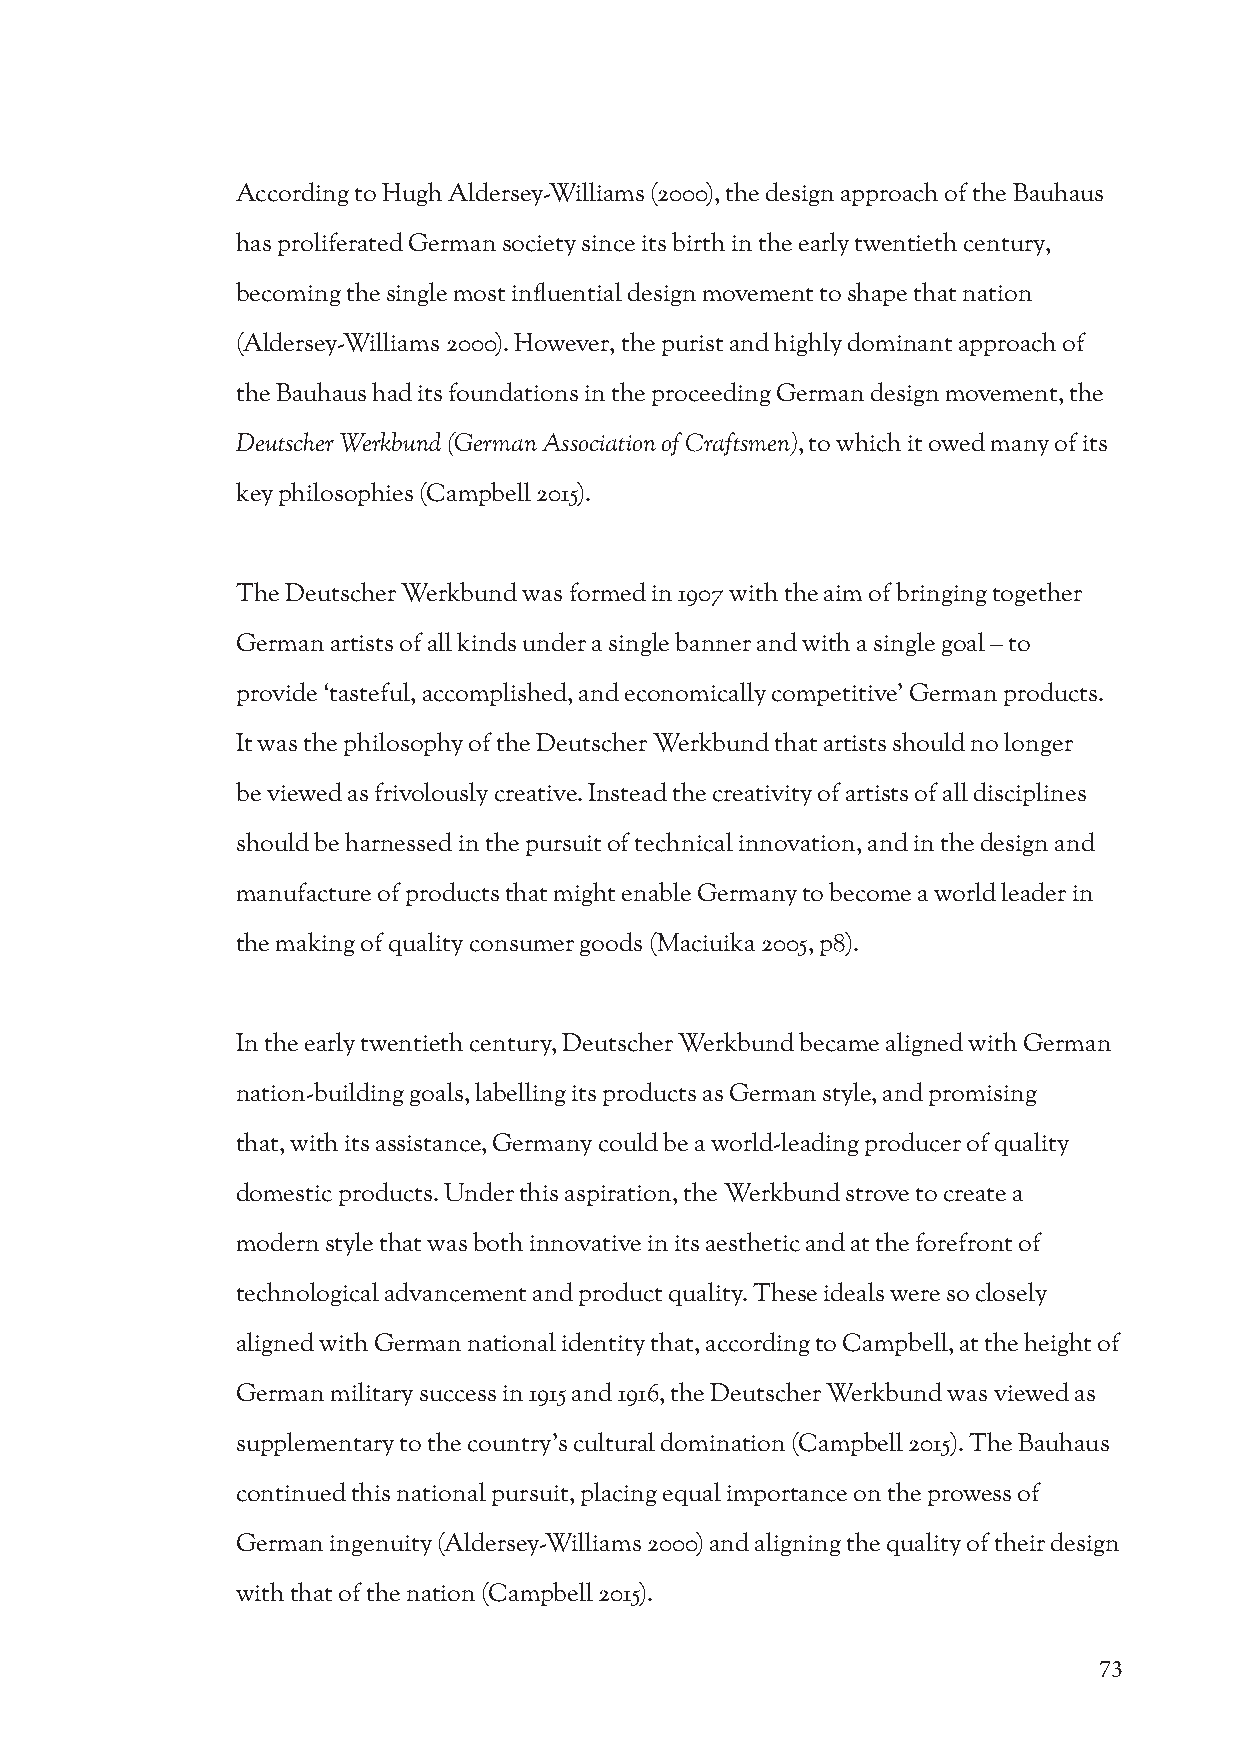
According to Hugh Aldersey-Williams (2000), the design approach of the Bauhaus
 has proliferated German society since its birth in the early twentieth century,
 becoming the single most influential design movement to shape that nation
 (Aldersey-Williams 2000). However, the purist and highly dominant approach of
 the Bauhaus had its foundations in the proceeding German design movement, the
 Deutscher Werkbund (German Association of Craftsmen), to which it owed many of its
 key philosophies (Campbell 2015).
 The Deutscher Werkbund was formed in 1907 with the aim of bringing together
 German artists of all kinds under a single banner and with a single goal – to
 provide ‘tasteful, accomplished, and economically competitive’ German products.
 It was the philosophy of the Deutscher Werkbund that artists should no longer
 be viewed as frivolously creative. Instead the creativity of artists of all disciplines
 should be harnessed in the pursuit of technical innovation, and in the design and
 manufacture of products that might enable Germany to become a world leader in
 the making of quality consumer goods (Maciuika 2005, p8).
 In the early twentieth century, Deutscher Werkbund became aligned with German
 nation-building goals, labelling its products as German style, and promising
 that, with its assistance, Germany could be a world-leading producer of quality
 domestic products. Under this aspiration, the Werkbund strove to create a
 modern style that was both innovative in its aesthetic and at the forefront of
 technological advancement and product quality. These ideals were so closely
 aligned with German national identity that, according to Campbell, at the height of
 German military success in 1915 and 1916, the Deutscher Werkbund was viewed as
 supplementary to the country’s cultural domination (Campbell 2015). The Bauhaus
 continued this national pursuit, placing equal importance on the prowess of
 German ingenuity (Aldersey-Williams 2000) and aligning the quality of their design
 with that of the nation (Campbell 2015).
 73